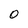
Character: O